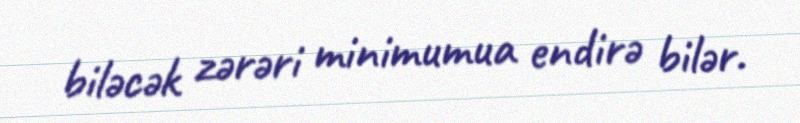
biləcək zərəri minimumua endirə bilər.